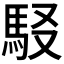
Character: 𩢃